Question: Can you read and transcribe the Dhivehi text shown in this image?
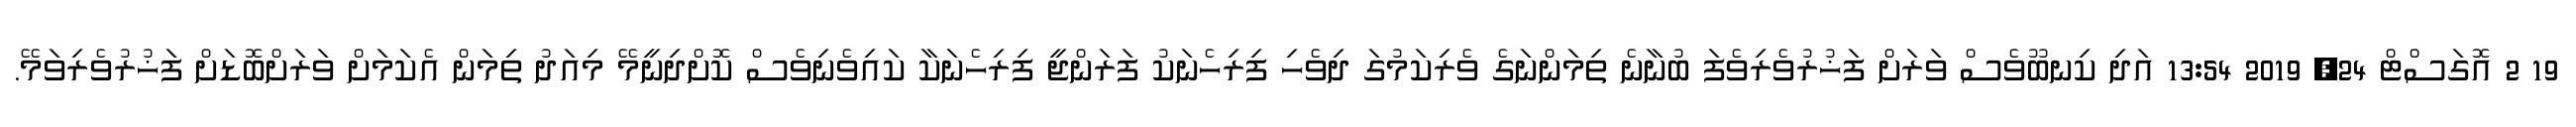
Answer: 19 2 އޮގަސްޓް 24, 2019 13:54 އަދި ކިނބޫވެސް ވަރަށް ފަޚުރުވެރިވެފަ ބުނާނެ ތިމަންނަގެ ވެރިކަމުގަ ދިވެހި ފިރިހެނަކު ފަރަންޖީ ފިރިހެނަކާ ކައިވެނިވެސް ކޮށްދިނީމޭ މިއަދު ތިމަން އެކަމަށް ވަރަށްބޮޑަށް ފަޚުރުވެރިވަމޭ.